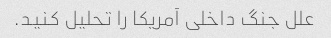
علل جنگ داخلی آمریکا را تحلیل کنید.